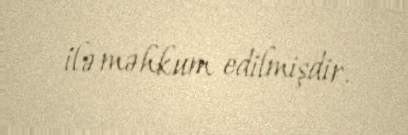
ilə məhkum edilmişdir.